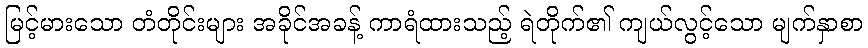
မြင့်မားသော တံတိုင်းများ အခိုင်အခန့် ကာရံထားသည့် ရဲတိုက်၏ ကျယ်လွင့်သော မျက်နှာစာ